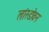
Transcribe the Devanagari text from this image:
लांस्डोवन